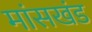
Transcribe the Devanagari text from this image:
मांसखंड